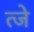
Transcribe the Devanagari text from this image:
त्जे